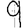
Digit: 9